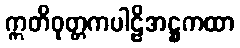
ဣတိဝုတ္တကပါဠိအဋ္ဌကထာ